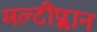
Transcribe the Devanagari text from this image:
मल्टीप्लान